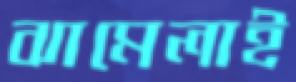
ঝামেলাই